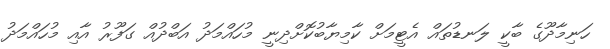
ހަނިމާދޫގެ ބާކީ ލަނޑުތައް އެޓީމަށް ކާމިޔާބުކޮށްދިނީ މުހައްމަދު އަބްދުއް ގަފޫރު އާއި މުހައްމަދު